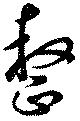
整